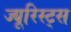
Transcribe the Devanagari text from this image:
ज्यूरिस्ट्स